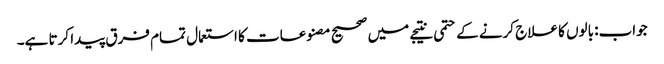
جواب: بالوں کا علاج کرنے کے حتمی نتیجے میں صحیح مصنوعات کا استعمال تمام فرق پیدا کرتا ہے۔